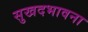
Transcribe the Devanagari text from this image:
सुखदभावना